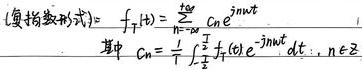
(复指数形式) \(f_T(t)=\sum_{n = -\infty}^{+\infty}C_n e^{jn\omega t}\)，其中 \(C_n=\frac{1}{T}\int_{-\frac{T}{2}}^{\frac{T}{2}}f_T(t)e^{-jn\omega t}dt, n\in Z\)